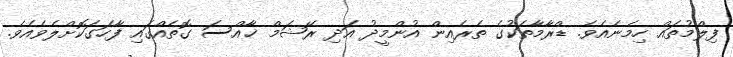
ފިލްމުތައް ހިމެނެއެވެ. ޑްރާމާތަކުގެ ތެރެއިން އުންމީދު އަދި ރޭޝަމް ޚާއްސަ ގޮތެއްގައި ފާހަގަކޮށްލެވެއެވެ.